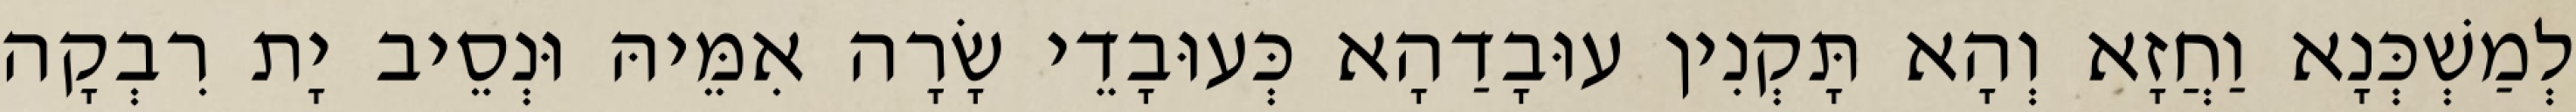
לְמַשְׁכְּנָא וַחֲזָא וְהָא תָּקְנִין עוּבָדַהָא כְּעוּבָדֵי שָׂרָה אִמֵּיהּ וּנְסֵיב יָת רִבְקָה